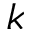
k